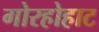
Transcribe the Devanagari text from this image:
गोरहोहाट